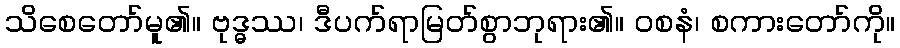
သိစေတော်မူ၏။ ဗုဒ္ဓဿ၊ ဒီပက်ရာမြတ်စွာဘုရား၏။ ဝစနံ၊ စကားတော်ကို။